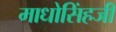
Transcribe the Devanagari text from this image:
माधोसिंहजी